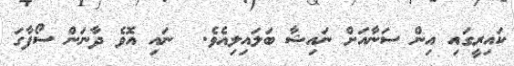
ކައިރީގައި އިން ސަނާއަށް ނައިޝާ ބަލައިލިއެވެ.  ނައި އޮވެ ދާނަން ސޯފާގަ